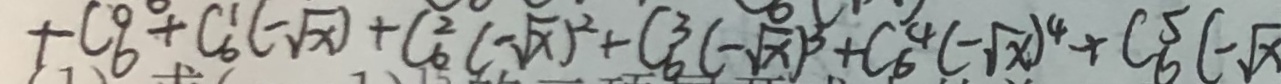
+ C _ { 6 } ^ { 0 } + C _ { 6 } ^ { 1 } ( - \sqrt { x } ) + C _ { 6 } ^ { 2 } ( - \sqrt { x } ) ^ { 2 } + C _ { 6 } ^ { 3 } ( - \sqrt { x } ) ^ { 3 } + C _ { 6 } ^ { 4 } ( - \sqrt { x } ) ^ { 4 } + C _ { 6 } ^ { 5 } ( - \sqrt { x }